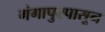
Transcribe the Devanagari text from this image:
गंगापुरपासून